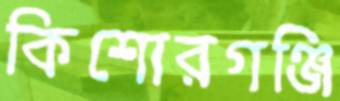
কিশোরগঞ্জি